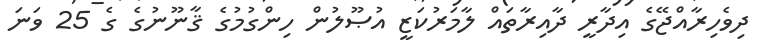
ދިވެހިރާއްޖޭގެ އިދާރީ ދާއިރާތައް ލާމަރުކަޒީ އުޞޫލުން ހިންގުމުގެ ޤާނޫނުގެ ގެ 25 ވަނަ